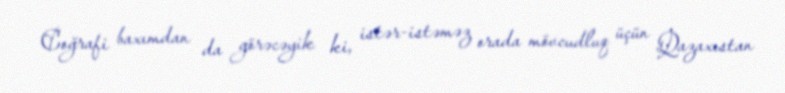
Coğrafi baxımdan da görəcəyik ki, istər-istəməz orada mövcudluq üçün Qazaxıstan